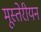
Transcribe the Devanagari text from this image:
मूस्तेरीयन